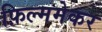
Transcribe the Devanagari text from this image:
फ़िल्ममेकर